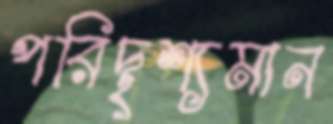
পরিদৃশ্যমান